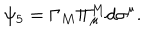
LaTeX: \psi _ { 5 } = \Gamma _ { M } \Pi _ { \mu } ^ { M } d \sigma ^ { \mu } .